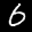
Digit: 6